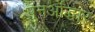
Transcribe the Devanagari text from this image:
पुनर्ओद्धार